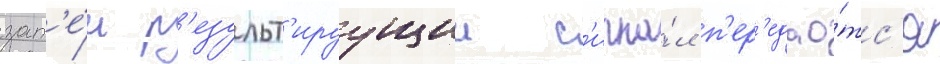
зат'е́м р'езульт'ируущии с'игна́л п'ер'едао́тс'я